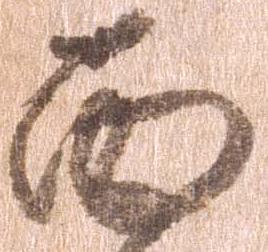
面